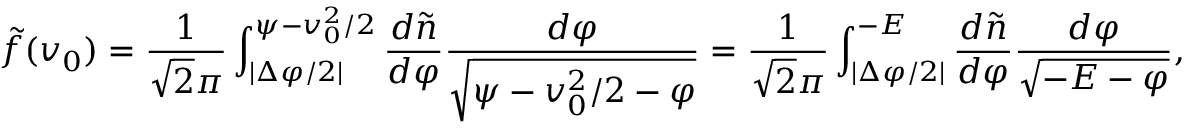
\tilde { f } ( v _ { 0 } ) = { \frac { 1 } { \sqrt { 2 } \pi } } \int _ { | \Delta \varphi / 2 | } ^ { { \psi } - v _ { 0 } ^ { 2 } / 2 } { \frac { d \tilde { n } } { d \varphi } } { \frac { d \varphi } { \sqrt { { \psi } - v _ { 0 } ^ { 2 } / 2 - \varphi } } } = { \frac { 1 } { \sqrt { 2 } \pi } } \int _ { | \Delta \varphi / 2 | } ^ { - { \cal E } } { \frac { d \tilde { n } } { d \varphi } } { \frac { d \varphi } { \sqrt { - { \cal E } - \varphi } } } ,